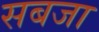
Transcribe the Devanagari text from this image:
सबजा